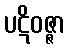
ပဋိဝဇ္ဇာ